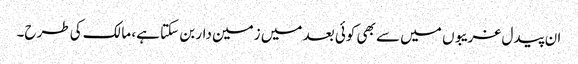
ان پیدل غریبوں میں سے بھی کوئی بعد میں زمین دار بن سکتا ہے، مالک کی طرح۔